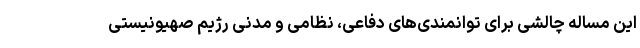
این مساله چالشی برای توانمندی‌های دفاعی، نظامی و مدنی رژیم صهیونیستی